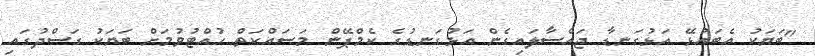
"ބަޔަކު އެބައުޅޭ އަޅުގަނޑާ ޖައްސާލައިގެން އަޅުގަނޑުގެ ކެމްޕޭން މަސައްކަތް ހުއްޓުވުމަށް ބަޔަކު ގަސްދުގައި